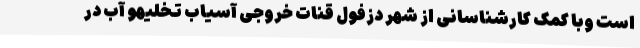
است وبا کمک کارشناسانی از شهر دزفول قنات خروجی آسیاب تخلیهو آب در